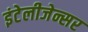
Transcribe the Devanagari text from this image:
इंटेलीजेन्सर